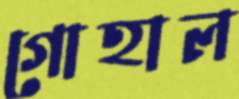
গোহাল